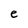
Character: e